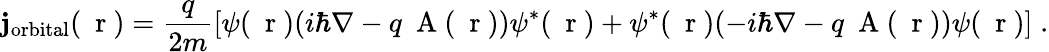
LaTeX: {\mathbf j}_{\mathrm{orbital}}(\mathrm{~\mathbf~r~})=\frac{q}{2m}\left[\psi(\mathrm{~\mathbf~r~})(i\hbar\nabla-q\mathrm{~\mathbf~A~}(\mathrm{~\mathbf~r~}))\psi^{*}(\mathrm{~\mathbf~r~})+\psi^{*}(\mathrm{~\mathbf~r~})(-i\hbar\nabla-q\mathrm{~\mathbf~A~}(\mathrm{~\mathbf~r~}))\psi(\mathrm{~\mathbf~r~})\right]\; .